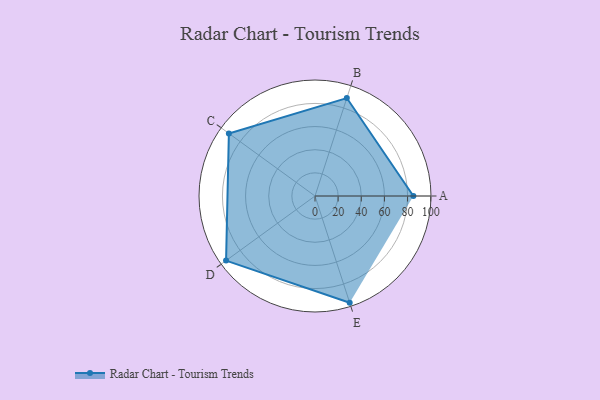
{"axis": {"x": "Skill", "y": "Score"}, "legend": ["Profile"], "data": [{"x": "A", "y": 85.0, "type": "Profile"}, {"x": "B", "y": 89.0, "type": "Profile"}, {"x": "C", "y": 92.0, "type": "Profile"}, {"x": "D", "y": 95.0, "type": "Profile"}, {"x": "E", "y": 97.0, "type": "Profile"}]}